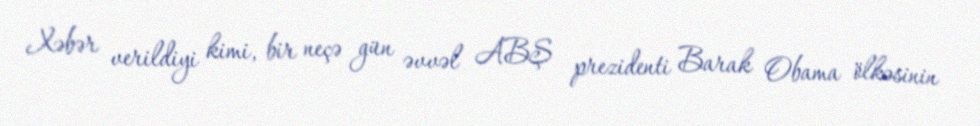
Xəbər verildiyi kimi, bir neçə gün əvvəl ABŞ prezidenti Barak Obama ölkəsinin